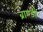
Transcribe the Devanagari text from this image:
ब्राण्डी